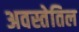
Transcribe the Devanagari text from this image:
अवस्तेतिल